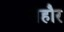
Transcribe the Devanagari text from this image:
सेहौर